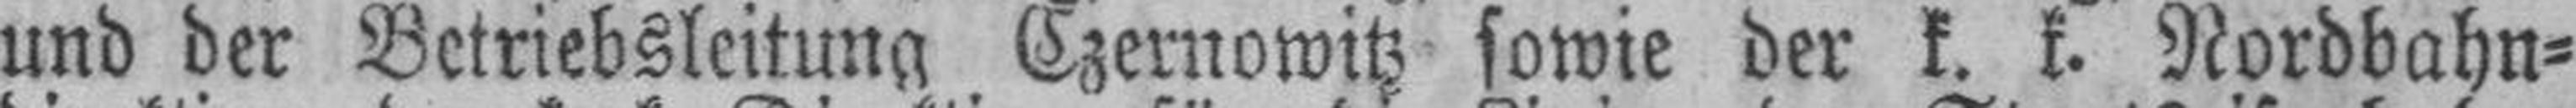
und der Betriebsleitung Czernowitz sowie der k. k. Nordbahn¬